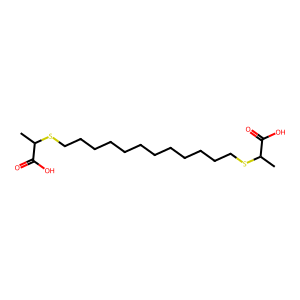
SMILES: CC(SCCCCCCCCCCCCSC(C)C(=O)O)C(=O)O
Inhibits HIV replication: No